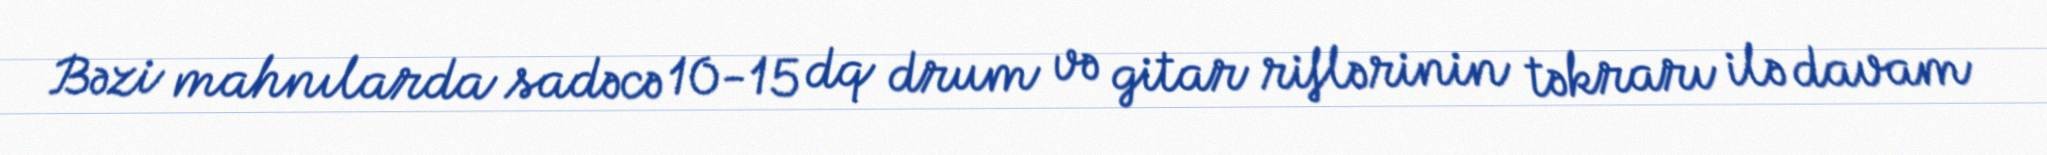
Bəzi mahnılarda sadəcə 10-15 dq drum və gitar riflərinin təkrarı ilə davam